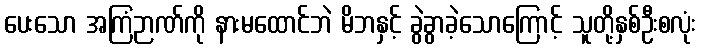
ပေးသော အကြံဉာဏ်ကို နားမထောင်ဘဲ မိဘနှင့် ခွဲခွာခဲ့သောကြောင့် သူတို့နှစ်ဦးစလုံး